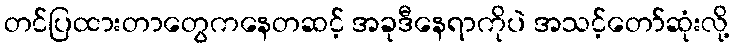
တင်ပြထားတာတွေကနေတဆင့် အခုဒီနေရာကိုပဲ အသင့်တော်ဆုံးလို့